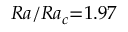
R a / R a _ { c } { = } 1 . 9 7